Indian Civil Veterinary Department memoirs
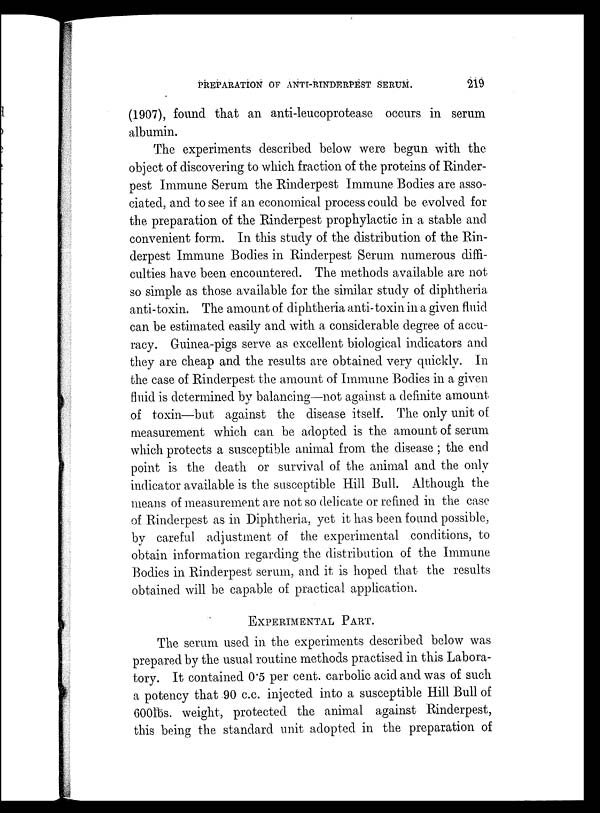
PREPARATION OF ANTI-RINDERPEST SERUM.
219
(1907), found that an anti-leucoprotease occurs in serum
albumin.
The experiments described below were begun with the
object of discovering to which fraction of the proteins of Rinder-
pest Immune Serum the Rinderpest Immune Bodies are asso-
ciated, and to see if an economical process could be evolved for
the preparation of the Rinderpest prophylactic in a stable and
convenient form. In this study of the distribution of the Rin-
derpest Immune Bodies in Rinderpest Serum numerous diffi-
culties have been encountered. The methods available are not
so simple as those available for the similar study of diphtheria
anti-toxin. The amount of diphtheria anti-toxin in a given fluid
can be estimated easily and with a considerable degree of accu-
racy. Guinea-pigs serve as excellent biological indicators and
they are cheap and the results are obtained very quickly. In
the case of Rinderpest the amount of Immune Bodies in a given
fluid is determined by balancing—not against a definite amount
of toxin—but against the disease itself. The only unit of
measurement which can be adopted is the amount of serum
which protects a susceptible animal from the disease; the end
point is the death or survival of the animal and the only
indicator available is the susceptible Hill Bull. Although the
means of measurement are not so delicate or refined in the case
of Rinderpest as in Diphtheria, yet it has been found possible,
by careful adjustment of the experimental conditions, to
obtain information regarding the distribution of the Immune
Bodies in Rinderpest serum, and it is hoped that the results
obtained will be capable of practical application.
EXPERIMENTAL PART.
The serum used in the experiments described below was
prepared by the usual routine methods practised in this Labora-
tory. It contained 0.5 per cent. carbolic acid and was of such
a potency that 90 c.c. injected into a susceptible Hill Bull of
600lbs. weight, protected the animal against Rinderpest,
this being the standard unit adopted in the preparation of